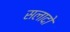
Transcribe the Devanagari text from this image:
सलादो